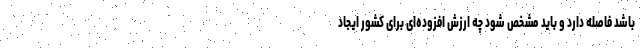
باشد فاصله دارد و باید مشخص شود چه ارزش افزوده‌ای برای کشور ایجاد